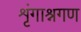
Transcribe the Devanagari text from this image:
शृंगाश्नगण